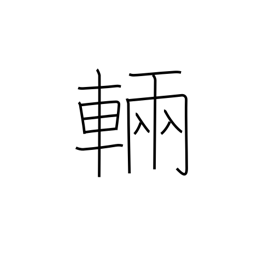
Meaning: counter for large vehicles